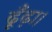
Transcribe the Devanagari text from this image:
ढूँढ़ा।